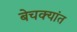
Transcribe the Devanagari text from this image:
बेचक्यांत